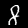
Digit: 8